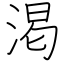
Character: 渇